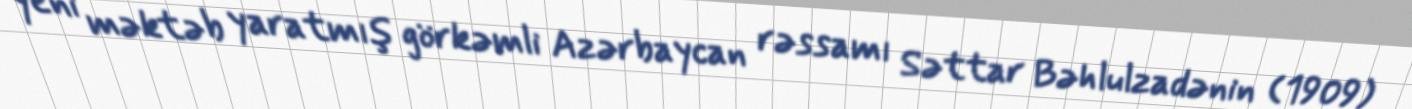
yeni məktəb yaratmış görkəmli Azərbaycan rəssamı Səttar Bəhlulzadənin (1909)